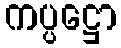
ကပ္ပဋ္ဌော